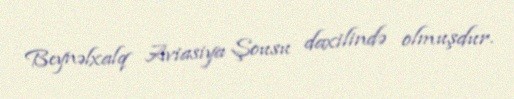
Beynəlxalq Aviasiya Şousu daxilində olmuşdur.